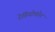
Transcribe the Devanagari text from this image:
रेडियोफोन